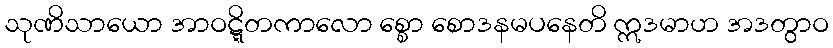
သုဏိသာယော အာဝဋ္ဋိတကာလော စ္စော စောဒနမပနေတိ ဣဒမာဟ အဒတွာဝ